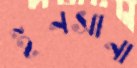
ইনসানা